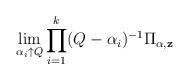
LaTeX: \begin{align*}\lim_{\alpha_i\uparrow Q}\prod_{i=1}^k(Q-\alpha_i)^{-1}\Pi_{\bf \alpha, z}\end{align*}